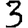
Digit: 3